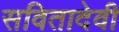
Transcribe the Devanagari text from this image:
सवितादेवी